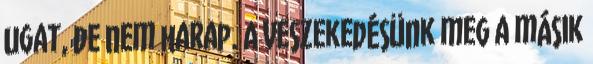
ugat, de nem harap. A veszekedésünk meg a másik